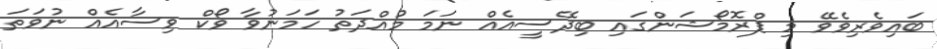
ބައިވެރިވެވޭ މި ޕްރޮމޯޝަންގައި ބިދޭސީއެއް ނަމަ މުއްދަތު ހަމަނުވާ ވޯކް ވިސާއެއް ނުވަތަ